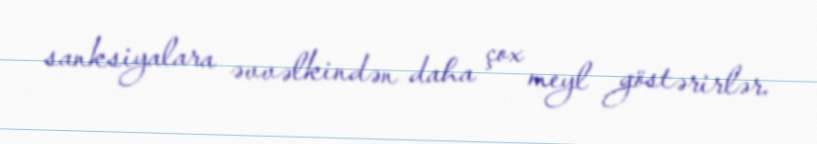
sanksiyalara əvvəlkindən daha çox meyl göstərirlər.